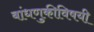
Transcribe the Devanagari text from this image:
बांधणुकीविषयी